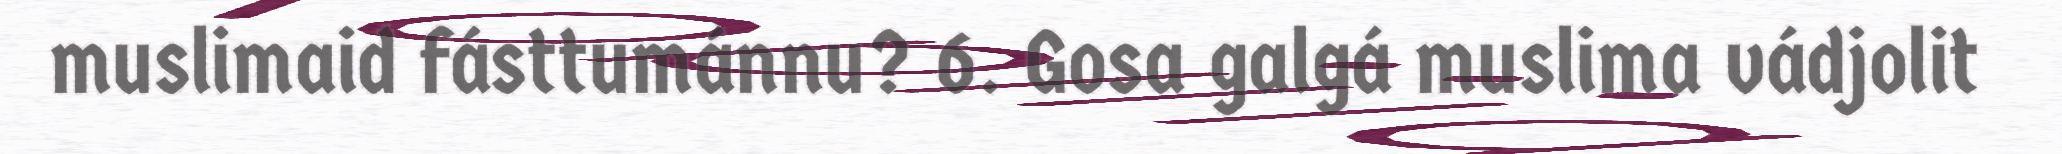
muslimaid fásttumánnu? 6. Gosa galgá muslima vádjolit